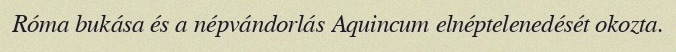
Róma bukása és a népvándorlás Aquincum elnéptelenedését okozta.